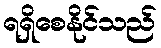
ရရှိစေနိုင်သည်